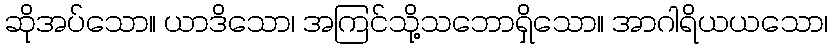
ဆိုအပ်သော။ ယာဒိသော၊ အကြင်သို့သဘောရှိသော။ အာဂါရိယယသော၊